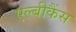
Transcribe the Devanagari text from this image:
एल्‍बीकैंस